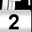
Digit: 2